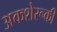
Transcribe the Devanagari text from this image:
अकशेरूकी